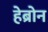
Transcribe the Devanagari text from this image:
हेब्रोन